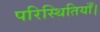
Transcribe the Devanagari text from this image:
परिस्थितियाँ।